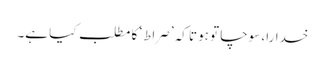
خدارا، سوچا تو ہوتا کہ ’صراط‘ کا مطلب کیا ہے۔